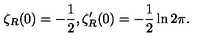
\zeta _ { R } ( 0 ) = - \frac { 1 } { 2 } , \zeta _ { R } ^ { \prime } ( 0 ) = - \frac { 1 } { 2 } \ln 2 \pi .